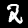
Digit: 2